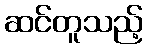
ဆင်တူသည့်